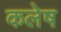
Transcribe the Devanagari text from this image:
कलेष